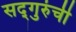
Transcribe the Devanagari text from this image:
सद्‍गुरुंची